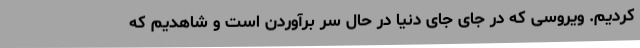
کردیم. ویروسی که در جای جای دنیا در حال سر برآوردن است و شاهدیم که